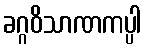
ခဂ္ဂဝိသာဏကပ္ပါ